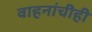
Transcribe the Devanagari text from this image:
वाहनांचीही